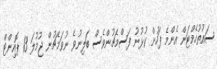
ސައުތުހެމްޓަން އެންމެ ފަހުން ކުޅުނު ފަސްމެޗުންވެސް ބަލިނުވެ ނުވަމެޗުން ޖުމުލަ 13 ޕޮއިންޓް